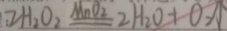
: 2 H _ { 2 } O _ { 2 } \xlongequal { M n O _ { 2 } } 2 H _ { 2 } O + O _ { 2 } \uparrow